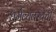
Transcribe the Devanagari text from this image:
धर्मव्यवस्थेची